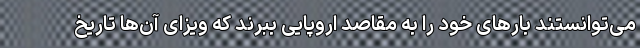
می‌توانستند بارهای خود را به مقاصد اروپایی ببرند که ویزای آن‌ها تاریخ